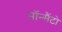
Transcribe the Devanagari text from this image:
मॉन्सैंटो